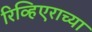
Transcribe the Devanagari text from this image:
रिव्हिएराच्या